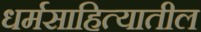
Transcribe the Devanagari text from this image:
धर्मसाहित्यातील